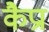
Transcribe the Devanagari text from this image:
कैप्रा